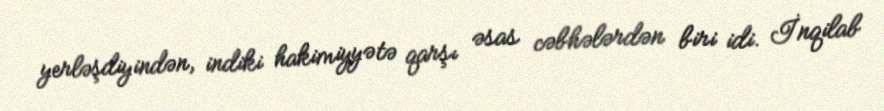
yerləşdiyindən, indiki hakimiyyətə qarşı əsas cəbhələrdən biri idi. İnqilab